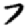
Digit: 7